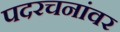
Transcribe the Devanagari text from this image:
पदरचनांवर